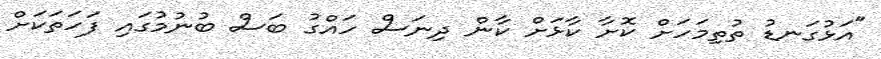
"އަޅުގަނޑު ތުތިމަހަށް ކޮށާ ކާޅަށް ކާން ދިނަސް ހައްގު ބަސް ބުނުމުގައި ފަހަތަކަށް